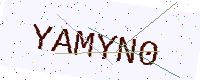
Text: YAMYN0